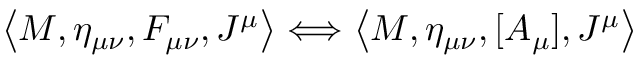
\left< M , \eta _ { \mu \nu } , F _ { \mu \nu } , J ^ { \mu } \right> \Longleftrightarrow \left< M , \eta _ { \mu \nu } , [ A _ { \mu } ] , J ^ { \mu } \right>